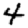
Digit: 4